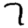
Digit: 7